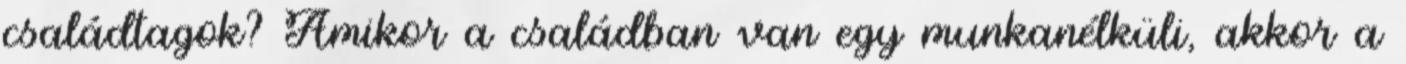
családtagok? Amikor a családban van egy munkanélküli, akkor a